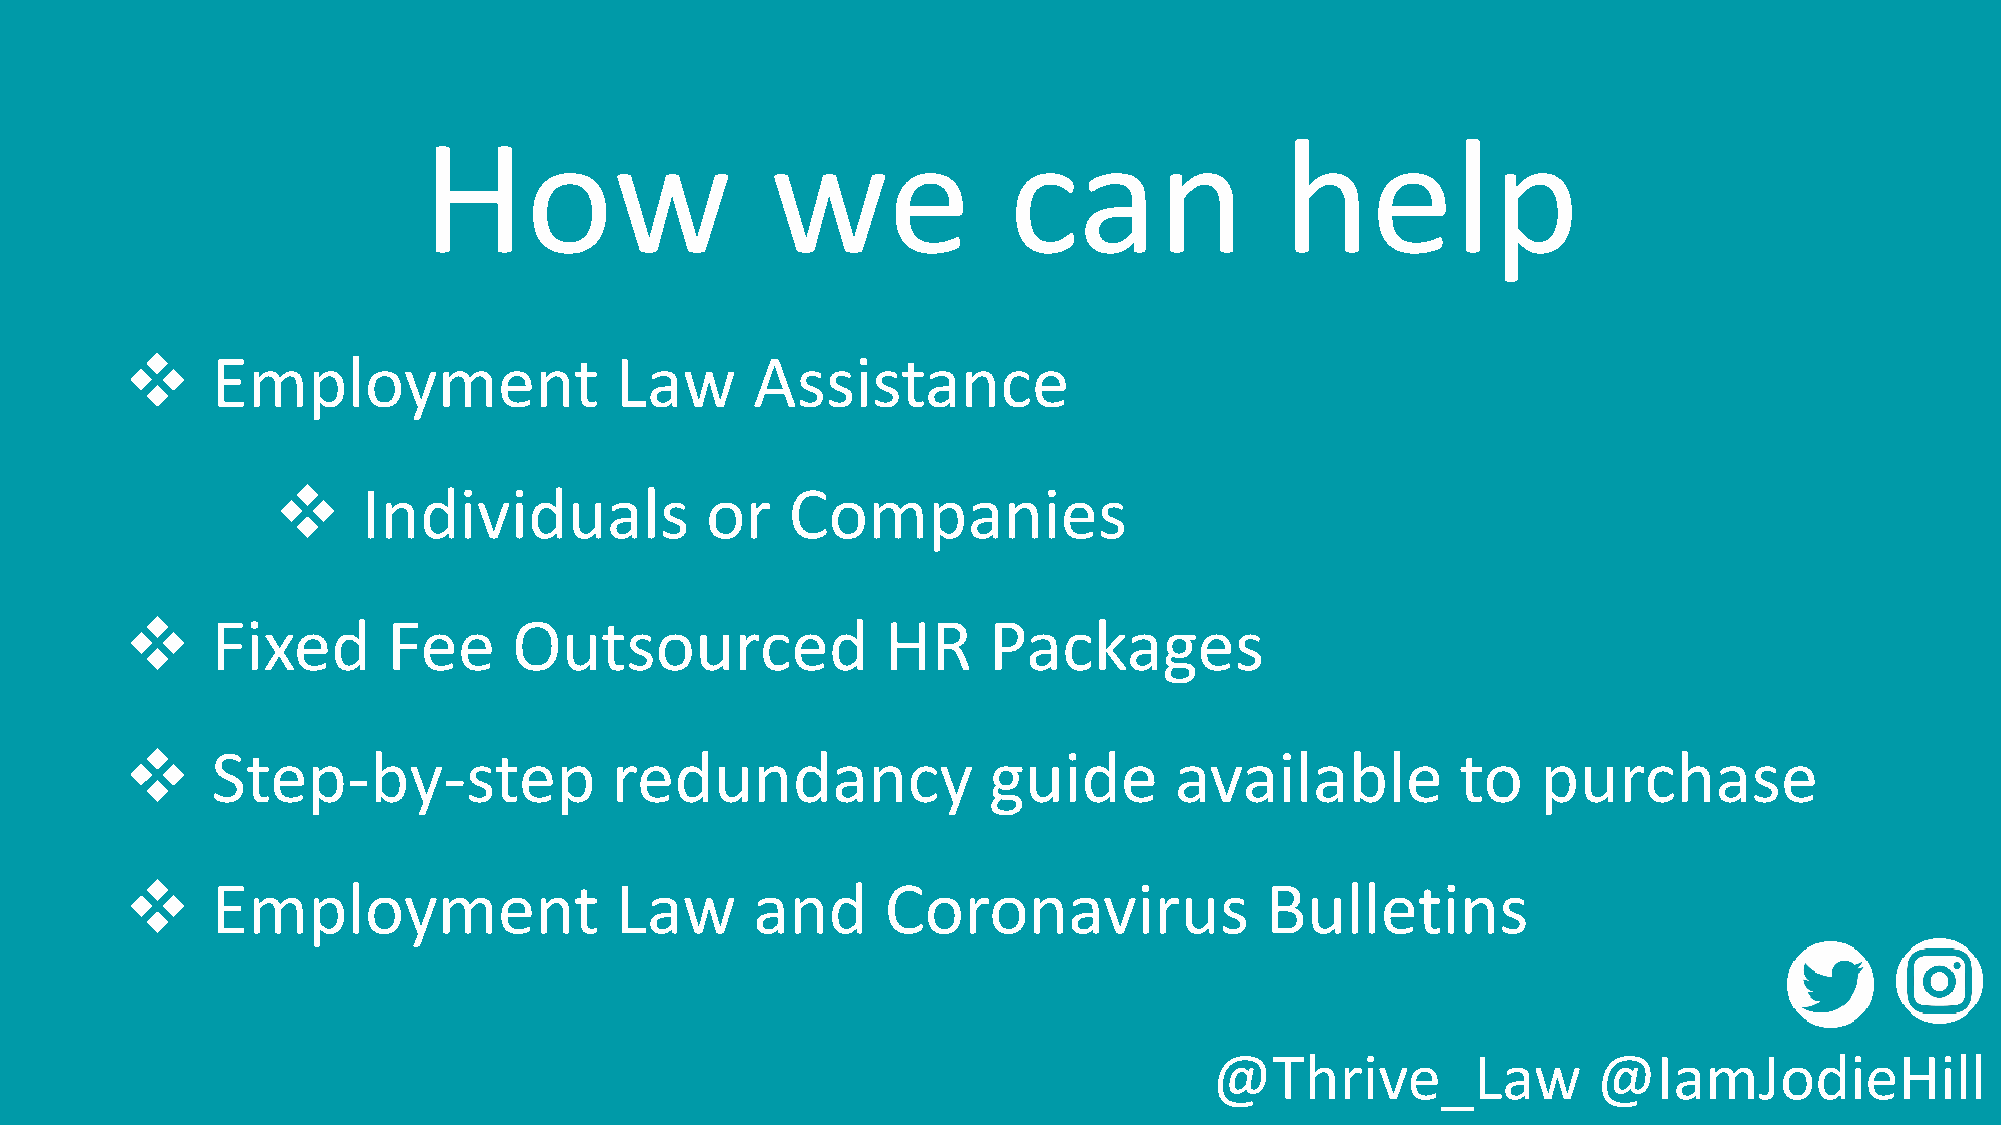
How                    we              can               help
 ❖     Employment                 Law      Assistance
 ❖     Individuals            or   Companies
 ❖     Fixed       Fee     Outsourced               HR    Packages
 ❖     Step-by-step              redundancy               guide        available          to   purchase
 ❖     Employment                 Law      and      Coronavirus              Bulletins
 @Thrive_Law               @IamJodieHill